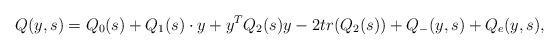
LaTeX: \begin{align*}Q(y,s) = Q_0(s) + Q_1(s)\cdot y + y^TQ_2(s)y - 2tr(Q_2(s)) + Q_{-}(y,s) + Q_e(y,s),\end{align*}